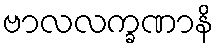
ဗာလလက္ခဏာနိ